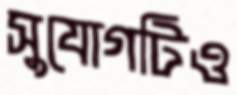
সুযোগটিও